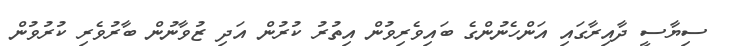
ސިޔާސީ ދާއިރާގައި އަންހެނުންގެ ބައިވެރިވުން އިތުރު ކުރުން އަދި ޒުވާނުން ބާރުވެރި ކުރުވުން